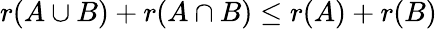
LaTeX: r(A\cup B)+r(A\cap B)\leq r(A)+r(B)